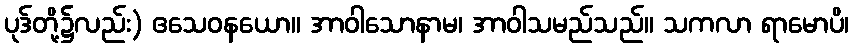
ပုဒ်တို့၌လည်း) ဧသေဝနယော။ အာဝါသောနာမ၊ အာဝါသမည်သည်။ သကလာ ရာမောပိ၊